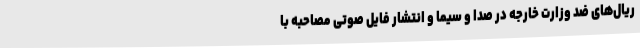
ریال‌های ضد وزارت خارجه در صدا و سیما و انتشار فایل صوتی مصاحبه با